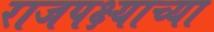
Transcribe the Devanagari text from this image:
राजपक्ष्याच्या